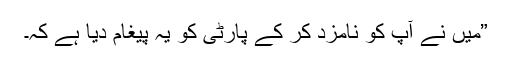
”میں نے آپ کو نامزد کر کے پارٹی کو یہ پیغام دیا ہے کہ۔